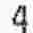
4